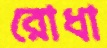
রোধা